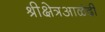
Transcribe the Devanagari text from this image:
श्रीक्षेत्रआळंदी